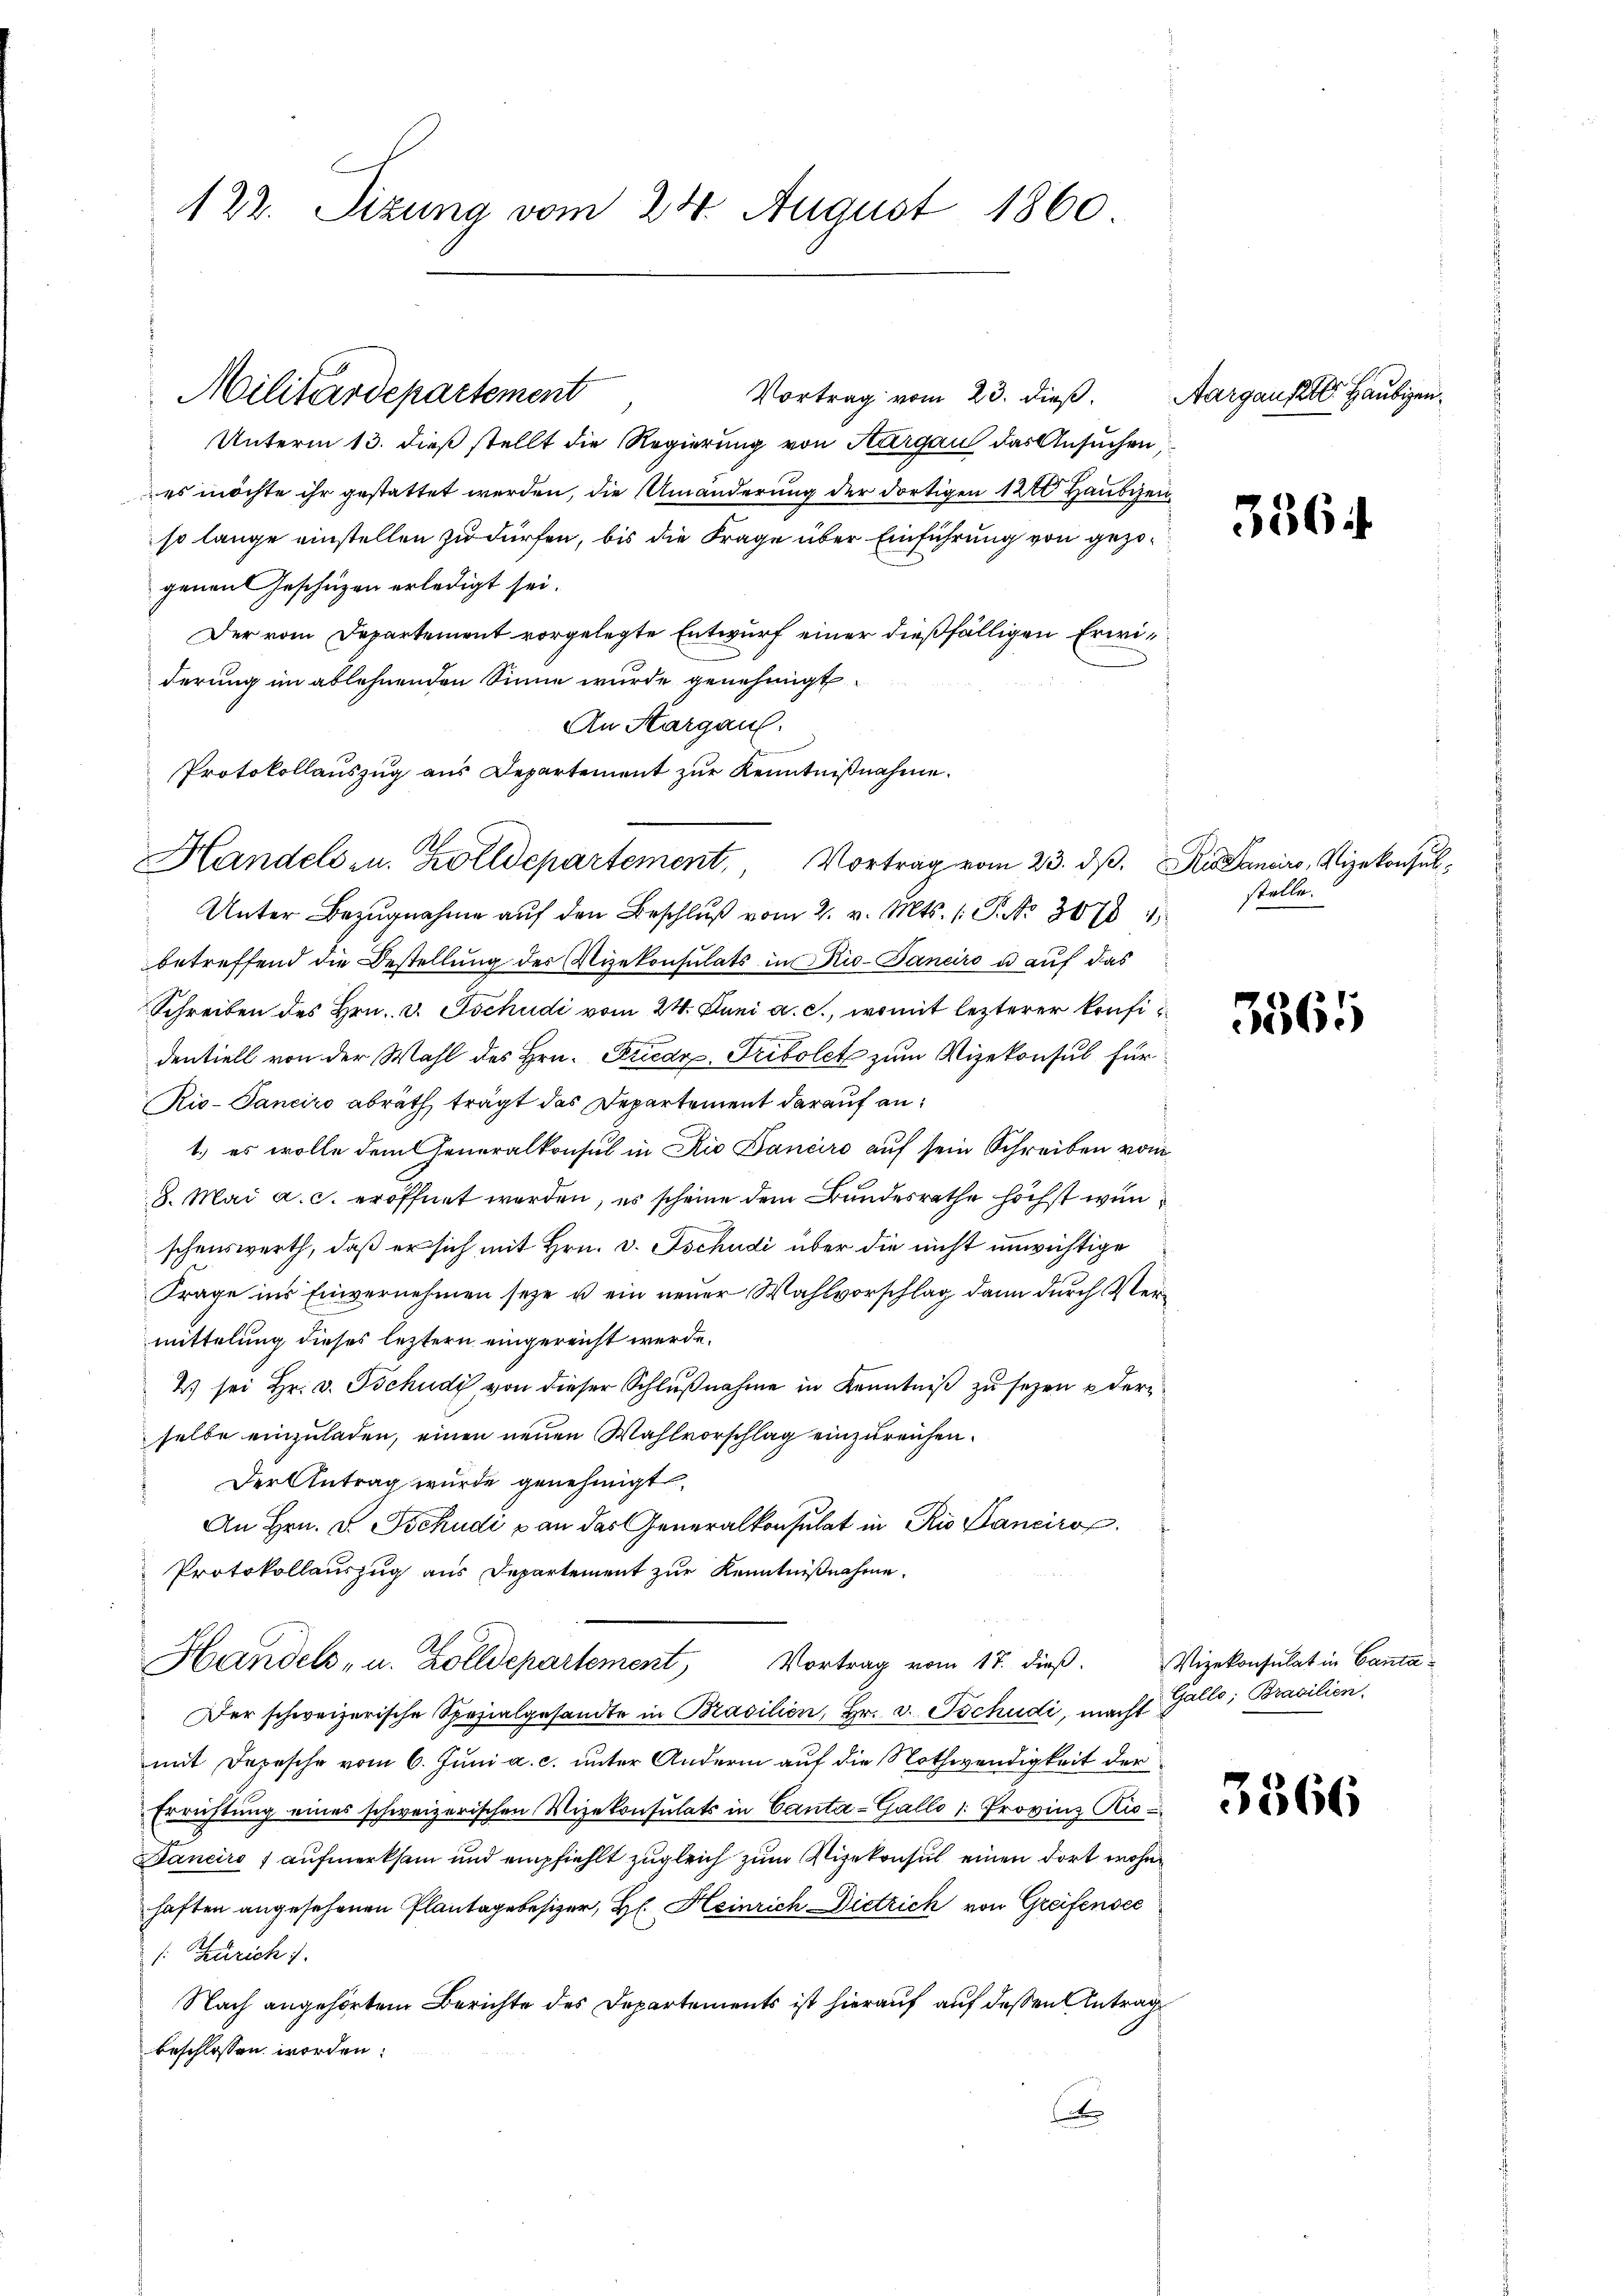
122. Sizung vom 24. August 1860.

Militärdepartement

Vortrag vom 23. dieß.
Unterm 13. dieß stellt die Regierung von Thurgau das Ansuchen,
es möchte ihr gestattet werden, die Umänderung der dortigen 120 Haubizen
so lange einstellen zu dürfen, bis die Frage über Einführung von gezogenen Geschüzen erledigt sei.
Der vom Departement vorgelegte Entwurf einer dießfälligen Erwiderung im ablehnenden Sinne wurde genehmigt.
An Aargau.
Protokollauszug aus Departement zŭr Kenntnißnahme.
Unter Bezugnahme auf den Beschluß vom 2. v. Mts. 1. P. No 307 1
betreffend die Bestellung der Vizekonsulats in Rio-Janeiro u auf das
Schreiben des Hrn. v. Tschudi vom 24. Juni a. c., womit lezterer konfidentiell von der Wahl des Hrn. Friedr. Tribolet zum Vizekonsul für
Rio-Tanciro abrath trägt das Departement darauf an:
1.) es wolle dem Generalkonsul in Rio Banciro auf sein Schreiben vom
8. Mai a. c. eröffnet werden, es scheine dem Bundesrathe höchst wunschenswerth, daß er sich mit Hrn. v. Tschudi über die nicht unwichtige
Frage ins Einvernehmen seye u ein neuer Wahlvorschlag dann durch Vermittelung dieses leztern eingereicht werde.
2) sei Hr. v. Tschudi von dieser Schlußnahme in Kenntniß zu sezen u der
selbe einzuladen, einen neuen Wahlvorschlag einzureichen.
Der Antrag wurde genehmigt.
An Hrn. v. Tschudi & an das Generalkonsulat in Rio Sanciro
Protokollauszug aus Departement zur Kenntnißnahme.
Handels, u. Zolldepartement Vortrag vom 17. dieβ. Vizekonsulat in Canta¬
Der schweizerische Spezialgesandte in Brasilien, Hr. v. Tschudi, macht
mit Depesche vom 6. Juni a. c. unter Andern auf die Nothwendigkeit der
Errichtung eines schweizerischen Vizekonsulats in Canta-Gallo 1. Provinz Ki¬
Danciro 7 aufmerksam und empfiehlt zugleich zum Vizekonsul einen dort wohn
haften angesehenen Plantagebesizer, H. Heinrich Dietrich von Greifensee
: Zürich).
Nach angehörtem Berichte des Departements ist hierauf auf dessen Antrag
beschlossen worden:
e

Handels u. Zolldepartement, Vortrag vom 23. dβ. R. Danaro, Vizekonsul¬

Aargaufte Haubigen.

3364

stelle.

3565

Galle; Brasilien.

3366